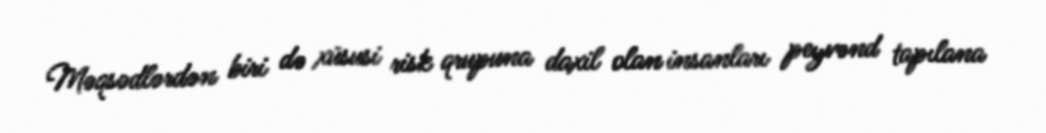
Məqsədlərdən biri də xüsusi risk qrupuna daxil olan insanları peyvənd tapılana